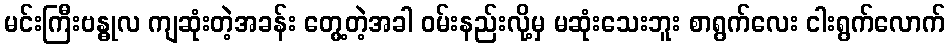
မင်းကြီးဗန္ဓုလ ကျဆုံးတဲ့အခန်း တွေ့တဲ့အခါ ဝမ်းနည်းလို့မှ မဆုံးသေးဘူး စာရွက်လေး ငါးရွက်လောက်